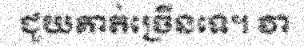
ជួយគាត់ច្រើនទេ។ វា